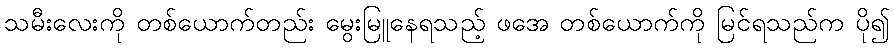
သမီးလေးကို တစ်ယောက်တည်း မွေးမြူနေရသည့် ဖအေ တစ်ယောက်ကို မြင်ရသည်က ပို၍